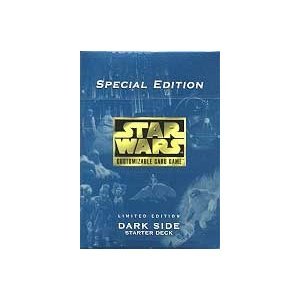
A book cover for Star Wars: Special Edition Starter Deck (Dark Side); Science Fiction & Fantasy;